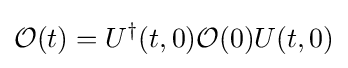
{\mathcal {O}}(t)=U^{\dagger }(t,0){\mathcal {O}}(0)U(t,0)